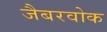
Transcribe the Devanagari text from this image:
जैबरवोक